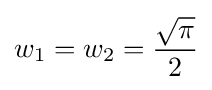
w_{1}=w_{2}={\frac {\sqrt {\pi }}{2}}